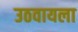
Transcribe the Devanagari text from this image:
उठवायला